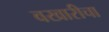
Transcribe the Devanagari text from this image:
वखारीचा